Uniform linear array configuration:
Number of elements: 24
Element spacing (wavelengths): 1
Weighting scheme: binomial
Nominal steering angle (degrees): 30
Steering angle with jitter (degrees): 28.58
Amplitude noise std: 0.05
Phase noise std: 0.05

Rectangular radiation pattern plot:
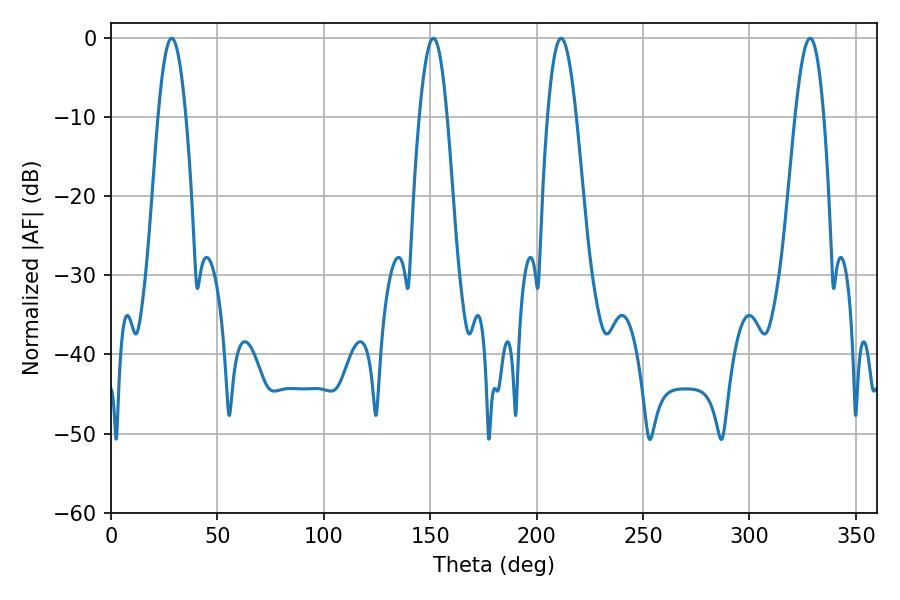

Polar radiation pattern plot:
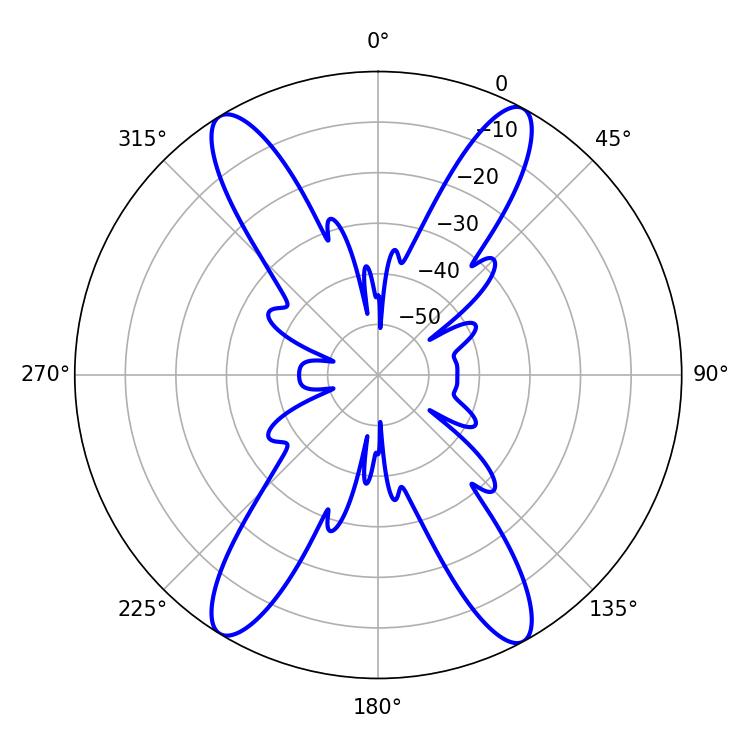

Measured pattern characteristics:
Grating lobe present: TRUE
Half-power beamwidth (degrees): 7.38
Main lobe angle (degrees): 211.5